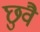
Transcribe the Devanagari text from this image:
छुवै